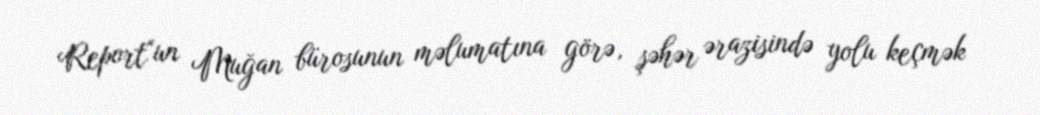
Report"un Muğan bürosunun məlumatına görə, şəhər ərazisində yolu keçmək